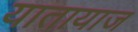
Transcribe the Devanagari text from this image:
यातायाज